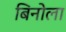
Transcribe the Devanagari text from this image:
बिनोला